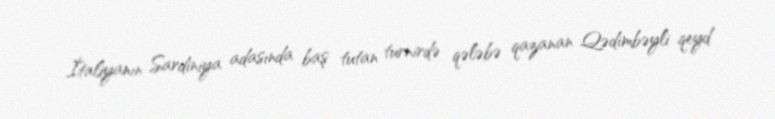
İtaliyanın Sardiniya adasında baş tutan turnirdə qələbə qazanan Qədimbəyli qeyd